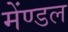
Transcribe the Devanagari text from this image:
मेंण्डल